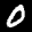
Label: 0